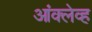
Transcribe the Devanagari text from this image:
आंक्लेव्ह